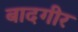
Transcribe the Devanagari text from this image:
बादगीर